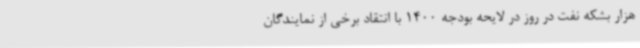
هزار بشکه نفت در روز در لایحه بودجه 1400 با انتقاد برخی از نمایندگان